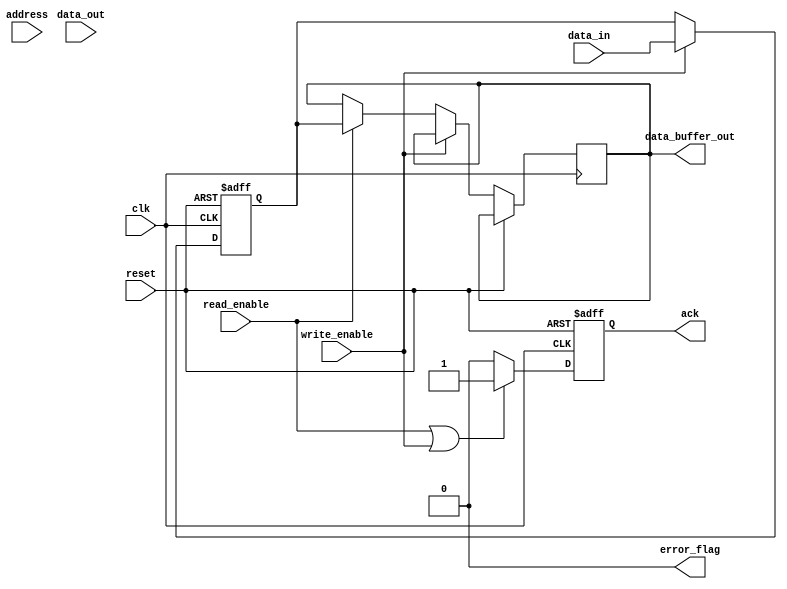
module IO_Block (
    input wire clk,
    input wire reset,
    input wire [DATA_WIDTH-1:0] data_in,
    input wire [DATA_WIDTH-1:0] data_out,
    input wire [ADDR_WIDTH-1:0] address,
    input wire read_enable,
    input wire write_enable,
    output wire [DATA_WIDTH-1:0] data_buffer_out,
    output wire ack,
    output wire error_flag
);

parameter DATA_WIDTH = 64; // Data width of the I/O block
parameter ADDR_WIDTH = 16; // Address width for memory access

// Data buffers
reg [DATA_WIDTH-1:0] data_buffer;
reg [DATA_WIDTH-1:0] output_buffer;

// I/O drivers
wire [DATA_WIDTH-1:0] io_driver_out;
assign io_driver_out = (write_enable) ? data_buffer : {DATA_WIDTH{1'b0}}; // Driving data out

// Control Logic
reg ack_reg;
always @(posedge clk or posedge reset) begin
    if (reset) begin
        ack_reg <= 1'b0;
    end else begin
        if (read_enable || write_enable) begin
            ack_reg <= 1'b1; // Acknowledge operation
        end else begin
            ack_reg <= 1'b0; // No operation
        end
    end
end
assign ack = ack_reg;

// Address Decoder
wire [3:0] bank_select;
assign bank_select = address[3:0]; // Simple bank selection

// Data Multiplexer
always @(posedge clk or posedge reset) begin
    if (reset) begin
        data_buffer <= {DATA_WIDTH{1'b0}};
    end else if (write_enable) begin
        data_buffer <= data_in; // Write data to buffer
    end else if (read_enable) begin
        output_buffer <= data_buffer; // Read data from buffer
    end
end
assign data_buffer_out = output_buffer;

// Error Correction Logic (ECC)
wire [DATA_WIDTH-1:0] ecc_corrected_data;
assign ecc_corrected_data = data_buffer; // Placeholder for ECC logic

// Power Management Circuit
reg power_state;
always @(posedge clk or posedge reset) begin
    if (reset) begin
        power_state <= 1'b1; // Power ON
    end else begin
        if (!read_enable && !write_enable) begin
            power_state <= 1'b0; // Power OFF during idle
        end else begin
            power_state <= 1'b1; // Power ON during activity
        end
    end
end

// Thermal Management (Placeholder)
wire thermal_overheat;
assign thermal_overheat = 1'b0; // Placeholder for thermal management logic

// Error Flag Generation
assign error_flag = (thermal_overheat) ? 1'b1 : 1'b0; // Set error flag on thermal issue

endmodule